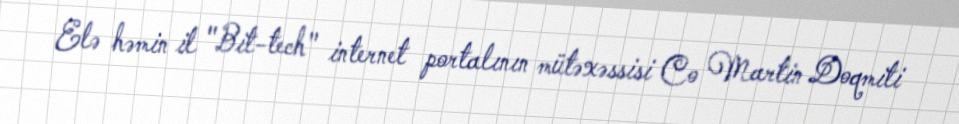
Elə həmin il "Bit-tech" internet portalının mütəxəssisi Co Martin Doqmiti